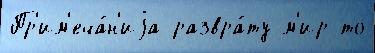
Пр'им'еча́н'иjа развра́ту м'ир то